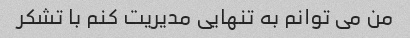
من می توانم به تنهایی مدیریت کنم با تشکر